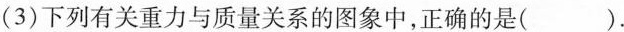
(3)下列有关重力与质量关系的图象中，正确的是( )。